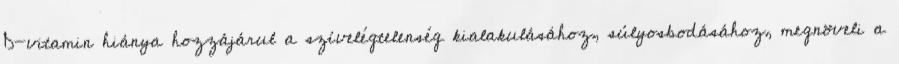
D-vitamin hiánya hozzájárul a szívelégtelenség kialakulásához, súlyosbodásához, megnöveli a